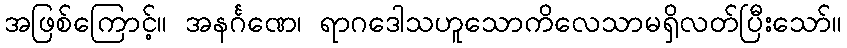
အဖြစ်ကြောင့်။ အနင်္ဂဏေ၊ ရာဂဒေါသဟူသောကိလေသာမရှိလတ်ပြီးသော်။